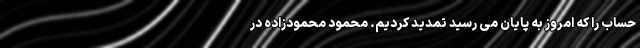
حساب را که امروز به پایان می رسید تمدید کردیم. محمود محمودزاده در